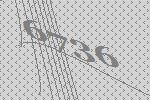
6736